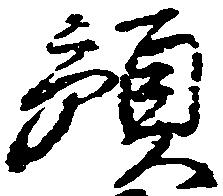
預